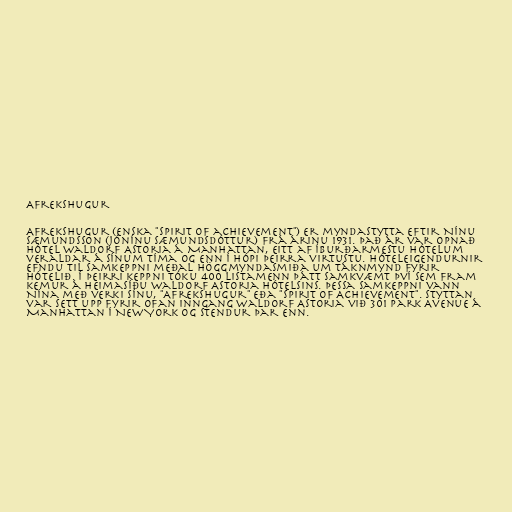
Afrekshugur

Afrekshugur (enska "Spirit of achievement") er myndastytta eftir Nínu
Sæmundsson (Jónínu Sæmundsdóttur) frá árinu 1931. Það ár var opnað
Hótel Waldorf Astoria á Manhattan, eitt af íburðarmestu hótelum
veraldar á sínum tíma og enn í hópi þeirra virtustu. Hóteleigendurnir
efndu til samkeppni meðal höggmyndasmiða um táknmynd fyrir
hótelið. Í þeirri keppni tóku 400 listamenn þátt samkvæmt því sem fram
kemur á heimasíðu Waldorf Astoria hótelsins. Þessa samkeppni vann
Nína með verki sínu, "Afrekshugur" eða "Spirit of Achievement". Styttan
var sett upp fyrir ofan inngang Waldorf Astoria við 301 Park Avenue á
Manhattan í New York og stendur þar enn.